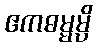
ဧကဓမ္မမ္ပိ